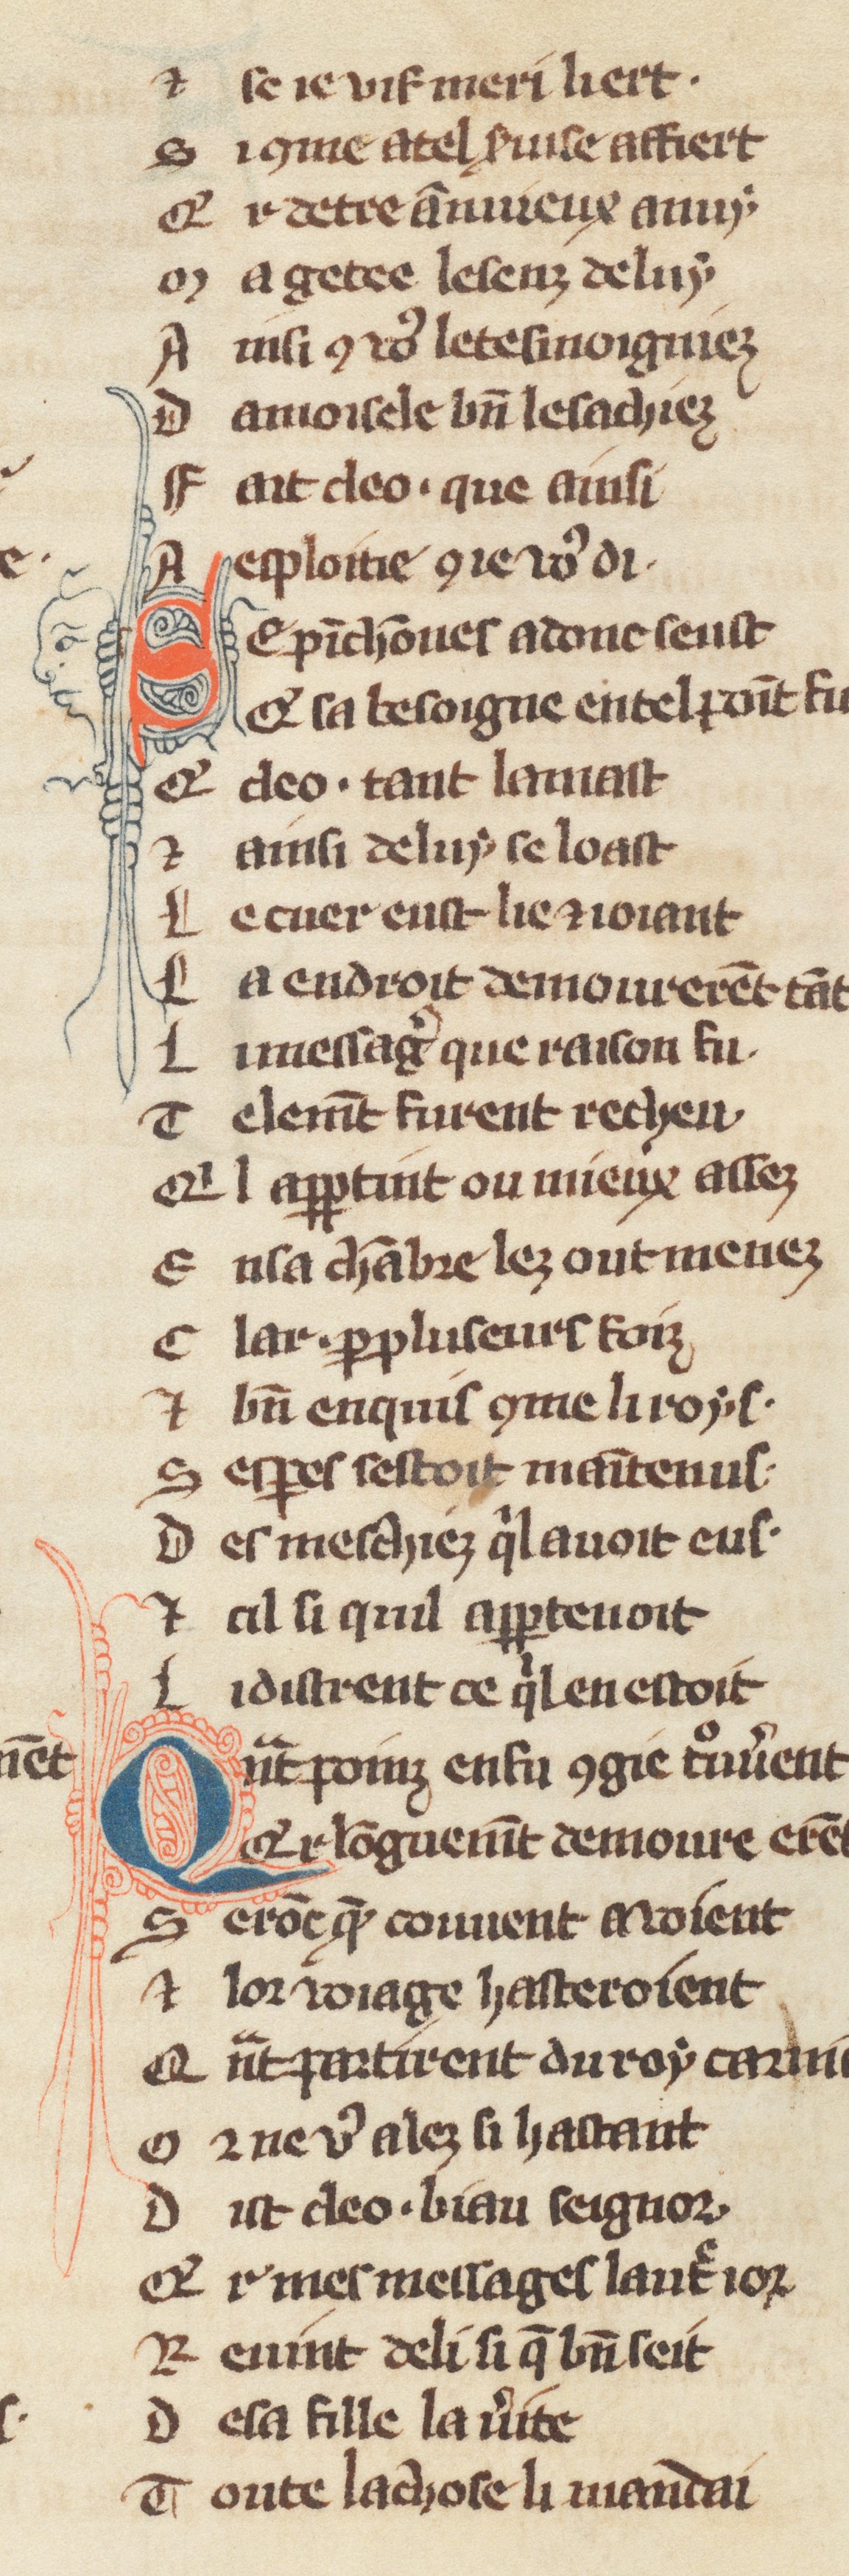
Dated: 1270–1299